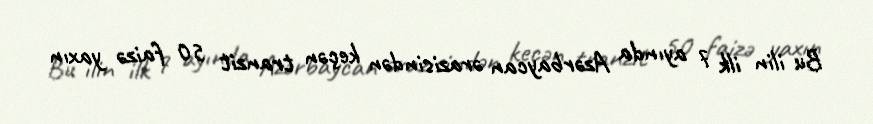
Bu ilin ilk 7 ayında Azərbaycan ərazisindən keçən tranzit 50 faizə yaxın